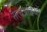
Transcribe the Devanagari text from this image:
सत्यग्रहियों